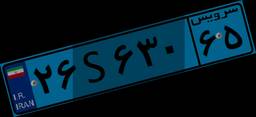
۴۶S۳۸۱۵۵